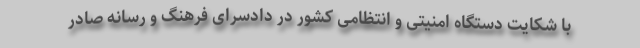
با شکایت دستگاه امنیتی و انتظامی کشور در دادسرای فرهنگ و رسانه صادر